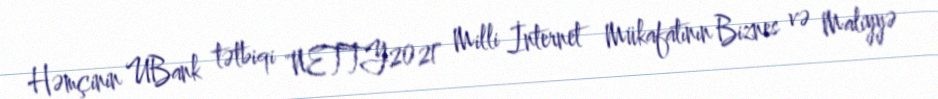
Həmçinin UBank tətbiqi "NETTY2021" Milli İnternet Mükafatının Biznes və Maliyyə